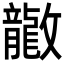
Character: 𫿤